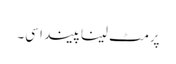
پرمٹ لینا پیندا سی۔